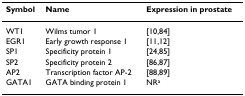
<table><thead><tr><td><b>Symbol</b></td><td><b>Name</b></td><td><b>Expression in prostate</b></td></tr></thead><tbody><tr><td>WT1</td><td>Wilms tumor 1</td><td>[10,84]</td></tr><tr><td>EGR1</td><td>Early growth response 1</td><td>[11,12]</td></tr><tr><td>SP1</td><td>Specificity protein 1</td><td>[24,85]</td></tr><tr><td>SP2</td><td>Specificity protein 2</td><td>[86,87]</td></tr><tr><td>AP2</td><td>Transcription factor AP-2</td><td>[88,89]</td></tr><tr><td>GATA1</td><td>GATA binding protein 1</td><td>NR<sup>a</sup></td></tr></tbody></table>